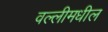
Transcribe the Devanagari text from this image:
वल्लीमधील